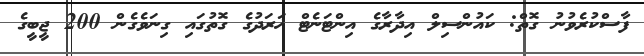
ފާސްކުރެވުނު ގޮތް: ކައުންސިލް އިދާރާގެ އިންޓަނެޓް ޚަރަދުގެ ގޮތުގައި ގިނަވެގެން 200 ޖީބީގެ